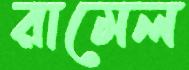
রামেল